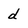
Character: d